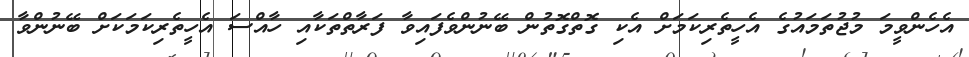
އެހެންވީމަ މުޖުތަމައުގެ އެހީތެރިކަމަށް އެކި ގޮތްގޮތުން ބޭނުންވެފައިވާ ފަރާތްތަކާއި ހާއްސަ އެހީތެރިކަމަކަށް ބޭނުންވާ